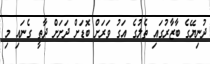
ދުނިޔޭގެ ބާޒާރުގައި ތެލުގެ އަގު ވަރަށް ބޮޑަށް ދަށަށް ދާތީ ގެނައި މި